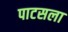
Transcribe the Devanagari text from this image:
पाटसला